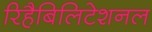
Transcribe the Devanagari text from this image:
रिहैबिलिटेशनल